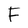
Character: F